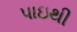
પાઇથી